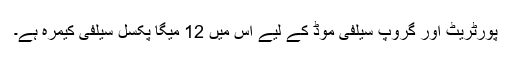
پورٹریٹ اور گروپ سیلفی موڈ کے لیے اس میں 12 میگا پکسل سیلفی کیمرہ ہے۔